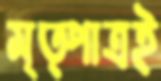
মৃত্পাত্রই